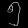
Digit: ၅